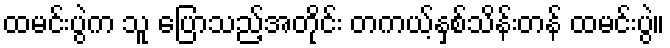
ထမင်းပွဲက သူ ပြောသည့်အတိုင်း တကယ့်နှစ်သိန်းတန် ထမင်းပွဲ။